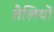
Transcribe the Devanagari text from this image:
तैलियों